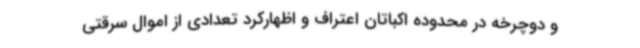
و دوچرخه در محدوده اکباتان اعتراف و اظهارکرد تعدادی از اموال سرقتی